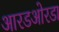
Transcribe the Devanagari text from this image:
आरडओरडा